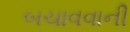
બચાવવાની